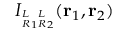
I _ { { ^ L _ { R } } _ { 1 } { ^ L _ { R } } _ { 2 } } ( \mathbf { r } _ { 1 } , \mathbf { r } _ { 2 } )